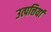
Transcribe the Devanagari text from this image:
उत्पत्तियां